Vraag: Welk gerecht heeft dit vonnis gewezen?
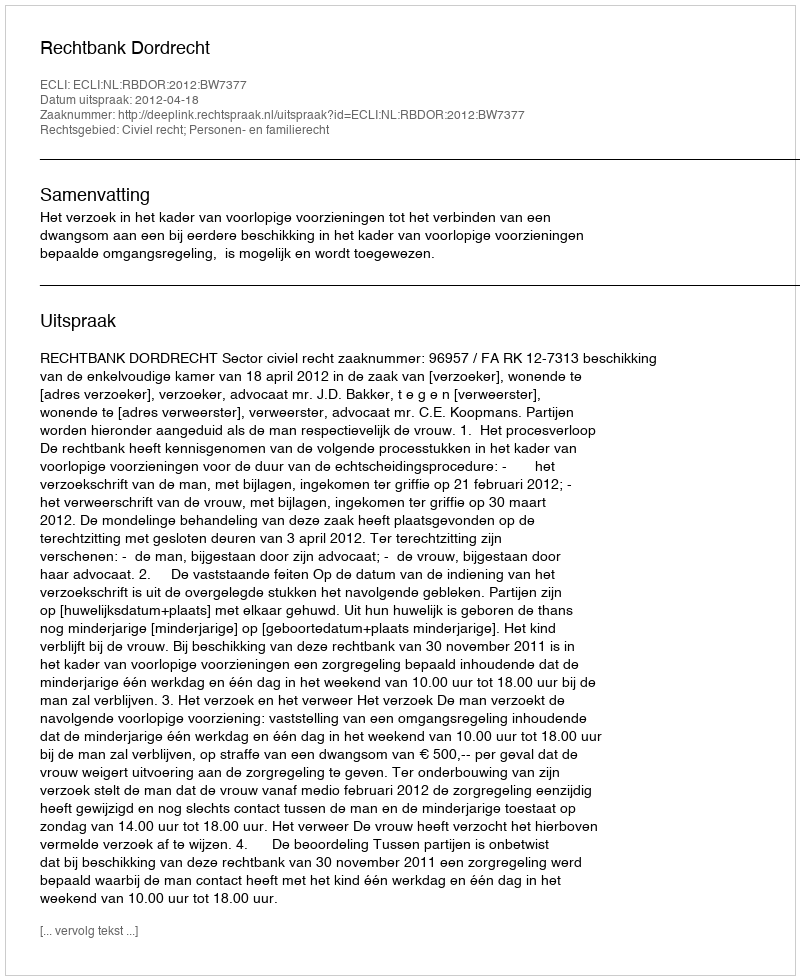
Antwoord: Rechtbank Dordrecht